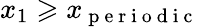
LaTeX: x_{1}\geqslant x_{\mathrm{~p~e~r~i~o~d~i~c~}}